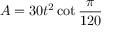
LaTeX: A = 3 0 t ^ { 2 } \cot { \frac { \pi } { 1 2 0 } }